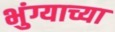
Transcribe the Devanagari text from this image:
भुंग्याच्या